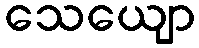
သေယျော